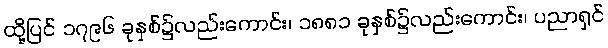
ထို့ပြင် ၁၇၉၆ ခုနှစ်၌လည်းကောင်း၊ ၁၈၈၁ ခုနှစ်၌လည်းကောင်း၊ ပညာရှင်